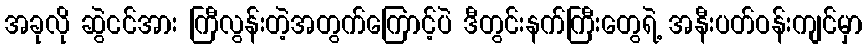
အခုလို ဆွဲငင်အား ကြီလွန်းတဲ့အတွက်ကြောင့်ပဲ ဒီတွင်းနက်ကြီးတွေရဲ့ အနီးပတ်ဝန်းကျင်မှာ